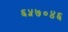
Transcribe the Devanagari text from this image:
६५७०४६